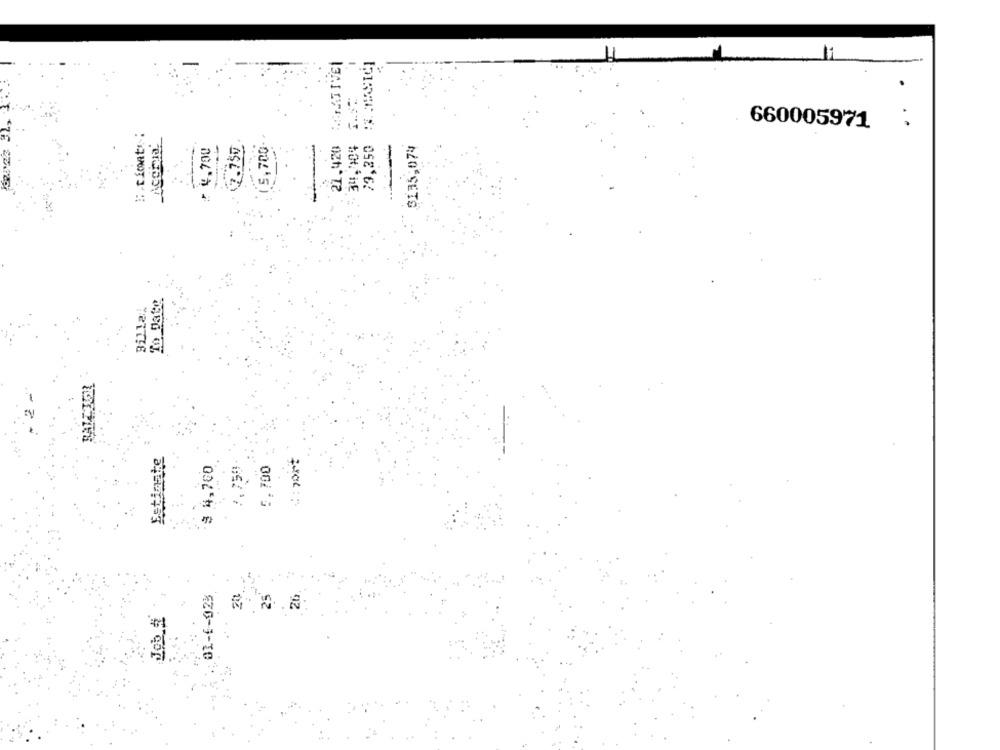
ATIVE|
660005971
15, 700.
21,420
73,250
: 4,700
2.750
$135,074
Billai
SALLIER
Estimate
: port
$ 4,700
5,700
1.750
01-6-023
R . O .R: